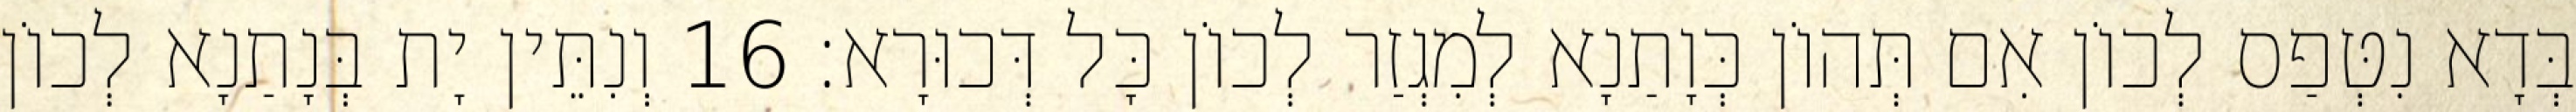
בְּדָא נִטְּפַס לְכוֹן אִם תְּהוֹן כְּוָתַנָא לְמִגְזַר לְכוֹן כָּל דְּכוּרָא׃ 16 וְנִתֵּין יָת בְּנָתַנָא לְכוֹן